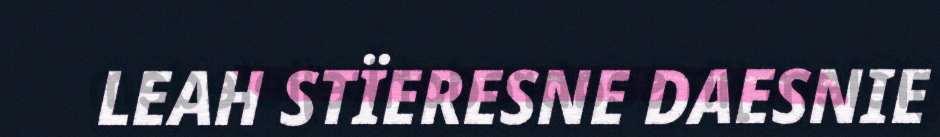
LEAH STÏERESNE DAESNIE